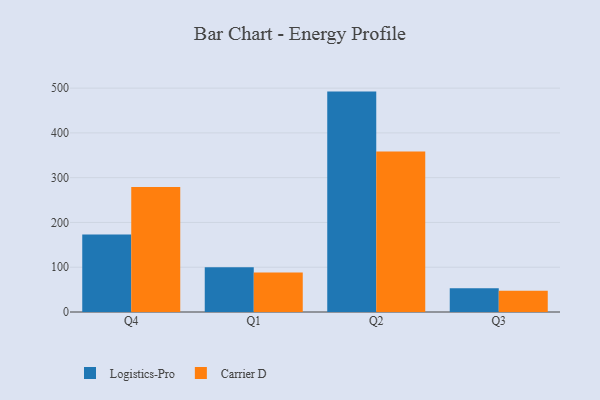
{"axis": {"x": "Quarter", "y": "Operating Costs (USD K)"}, "legend": ["Carrier D", "Logistics-Pro"], "data": [{"x": "Q4", "y": 173.2, "type": "Logistics-Pro"}, {"x": "Q4", "y": 279.3, "type": "Carrier D"}, {"x": "Q1", "y": 100.0, "type": "Logistics-Pro"}, {"x": "Q1", "y": 88.2, "type": "Carrier D"}, {"x": "Q2", "y": 492.2, "type": "Logistics-Pro"}, {"x": "Q2", "y": 358.4, "type": "Carrier D"}, {"x": "Q3", "y": 53.0, "type": "Logistics-Pro"}, {"x": "Q3", "y": 47.7, "type": "Carrier D"}]}